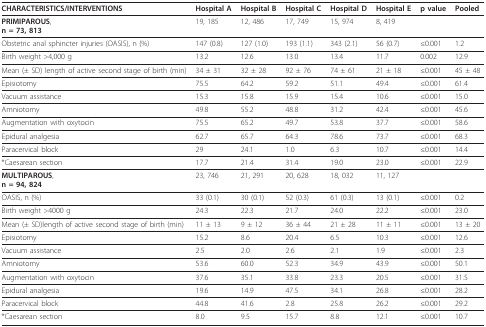
<table><thead><tr><td><b>CHARACTERISTICS/INTERVENTIONS</b></td><td><b>Hospital A</b></td><td><b>Hospital B</b></td><td><b>Hospital C</b></td><td><b>Hospital D</b></td><td><b>Hospital E</b></td><td><b>p value</b></td><td><b>Pooled</b></td></tr></thead><tbody><tr><td><b>PRIMIPAROUS</b>,<b>n = 73, 813</b></td><td>19, 185</td><td>12, 486</td><td>17, 749</td><td>15, 974</td><td>8, 419</td><td></td><td></td></tr><tr><td>Obstetric anal sphincter injuries (OASIS), n (%)</td><td>147 (0.8)</td><td>127 (1.0)</td><td>193 (1.1)</td><td>343 (2.1)</td><td>56 (0.7)</td><td>≤0.001</td><td>1.2</td></tr><tr><td>Birth weight &gt;4,000 g</td><td>13.2</td><td>12.6</td><td>13.0</td><td>13.4</td><td>11.7</td><td>0.002</td><td>12.9</td></tr><tr><td>Mean (± SD) length of active second stage of birth (min)</td><td>34 ± 31</td><td>32 ± 28</td><td>92 ± 76</td><td>74 ± 61</td><td>21 ± 18</td><td>≤0.001</td><td>45 ± 48</td></tr><tr><td>Episiotomy</td><td>75.5</td><td>64.2</td><td>59.2</td><td>51.1</td><td>49.4</td><td>≤0.001</td><td>61.4</td></tr><tr><td>Vacuum assistance</td><td>15.3</td><td>15.8</td><td>15.9</td><td>15.4</td><td>10.6</td><td>≤0.001</td><td>15.0</td></tr><tr><td>Amniotomy</td><td>49.8</td><td>55.2</td><td>48.8</td><td>31.2</td><td>42.4</td><td>≤0.001</td><td>45.6</td></tr><tr><td>Augmentation with oxytocin</td><td>75.5</td><td>65.2</td><td>49.7</td><td>53.8</td><td>37.7</td><td>≤0.001</td><td>58.6</td></tr><tr><td>Epidural analgesia</td><td>62.7</td><td>65.7</td><td>64.3</td><td>78.6</td><td>73.7</td><td>≤0.001</td><td>68.3</td></tr><tr><td>Paracervical block</td><td>29</td><td>24.1</td><td>1.0</td><td>6.3</td><td>10.7</td><td>≤0.001</td><td>14.4</td></tr><tr><td>*Caesarean section</td><td>17.7</td><td>21.4</td><td>31.4</td><td>19.0</td><td>23.0</td><td>≤0.001</td><td>22.9</td></tr><tr><td><b>MULTIPAROUS</b>,<b>n = 94, 824</b></td><td>23, 746</td><td>21, 291</td><td>20, 628</td><td>18, 032</td><td>11, 127</td><td></td><td></td></tr><tr><td>OASIS, n (%)</td><td>33 (0.1)</td><td>30 (0.1)</td><td>52 (0.3)</td><td>61 (0.3)</td><td>13 (0.1)</td><td>≤0.001</td><td>0.2</td></tr><tr><td>Birth weight &gt;4000 g</td><td>24.3</td><td>22.3</td><td>21.7</td><td>24.0</td><td>22.2</td><td>≤0.001</td><td>23.0</td></tr><tr><td>Mean (± SD)length of active second stage of birth (min)</td><td>11 ± 13</td><td>9 ± 12</td><td>36 ± 44</td><td>21 ± 28</td><td>11 ± 11</td><td>≤0.001</td><td>13 ± 20</td></tr><tr><td>Episiotomy</td><td>15.2</td><td>8.6</td><td>20.4</td><td>6.5</td><td>10.3</td><td>≤0.001</td><td>12.6</td></tr><tr><td>Vacuum assistance</td><td>2.5</td><td>2.0</td><td>2.6</td><td>2.1</td><td>1.9</td><td>≤0.001</td><td>2.3</td></tr><tr><td>Amniotomy</td><td>53.6</td><td>60.0</td><td>52.3</td><td>34.9</td><td>43.9</td><td>≤0.001</td><td>50.1</td></tr><tr><td>Augmentation with oxytocin</td><td>37.6</td><td>35.1</td><td>33.8</td><td>23.3</td><td>20.5</td><td>≤0.001</td><td>31.5</td></tr><tr><td>Epidural analgesia</td><td>19.6</td><td>14.9</td><td>47.5</td><td>34.1</td><td>26.8</td><td>≤0.001</td><td>28.2</td></tr><tr><td>Paracervical block</td><td>44.8</td><td>41.6</td><td>2.8</td><td>25.8</td><td>26.2</td><td>≤0.001</td><td>29.2</td></tr><tr><td>*Caesarean section</td><td>8.0</td><td>9.5</td><td>15.7</td><td>8.8</td><td>12.1</td><td>≤0.001</td><td>10.7</td></tr></tbody></table>